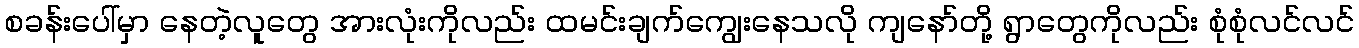
စခန်းပေါ်မှာ နေတဲ့လူတွေ အားလုံးကိုလည်း ထမင်းချက်ကျွေးနေသလို ကျနော်တို့ ရွာတွေကိုလည်း စုံစုံလင်လင်